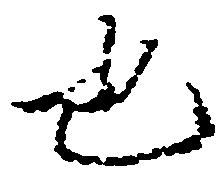
也